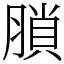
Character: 䐝